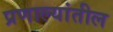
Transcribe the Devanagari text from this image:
प्रणाल्यांतील